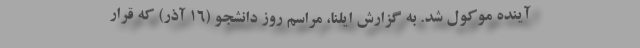
آینده موکول شد. به گزارش ایلنا، مراسم روز دانشجو (۱۶ آذر) که قرار